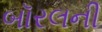
બૉરલની